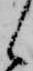
候